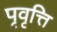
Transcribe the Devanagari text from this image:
पृवृत्ति